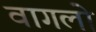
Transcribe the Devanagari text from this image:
वागलो